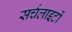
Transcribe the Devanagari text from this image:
सर्चलाइटों